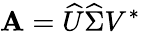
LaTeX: \mathbf{A}={\widehat{{U}}}{\widehat{{\Sigma}}}V^{\ast}